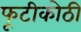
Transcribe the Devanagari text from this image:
फूटीकोठी